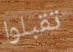
تقبلوا